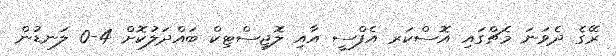
ރޭގެ ދެވަނަ މެޗްގައި އޮސްކަރ އެފްސީ އާއި ލޮޖިސްޓިކް ބައްދަލުކޮށް 4-0 ލަނޑުން